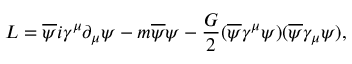
{ \cal L } = \overline { { { \psi } } } i \gamma ^ { \mu } \partial _ { \mu } \psi - m \overline { { { \psi } } } \psi - \frac { G } { 2 } ( \overline { { { \psi } } } \gamma ^ { \mu } \psi ) ( \overline { { { \psi } } } \gamma _ { \mu } \psi ) ,